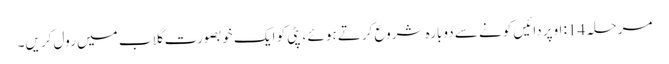
مرحلہ 14: اوپر دائیں کونے سے دوبارہ شروع کرتے ہوئے ، پٹی کو ایک خوبصورت گلاب میں رول کریں۔